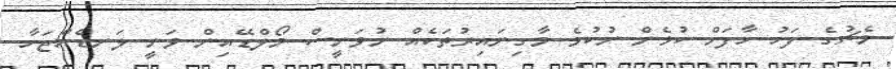
މެޗުގެ ފަހު ހާފަށް ކުޅެން ނުކުމެ މާގިނައިރުތަކެއް ނުވަނީސް މޯލްޑޭއިން ވަނީ ލަނޑެއްޖަހާ